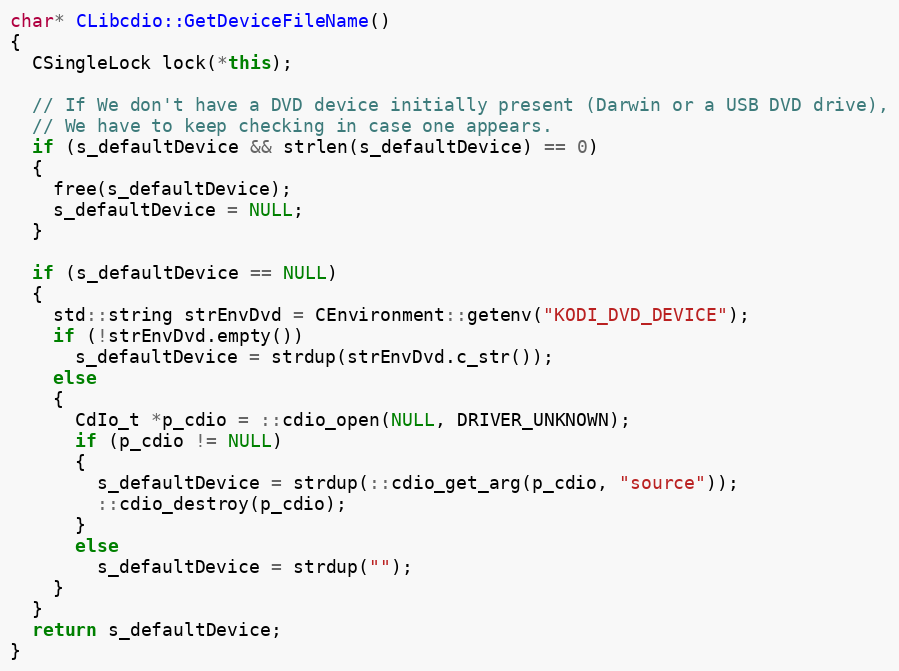
Language: C++
char* CLibcdio::GetDeviceFileName()
{
  CSingleLock lock(*this);

  // If We don't have a DVD device initially present (Darwin or a USB DVD drive),
  // We have to keep checking in case one appears.
  if (s_defaultDevice && strlen(s_defaultDevice) == 0)
  {
    free(s_defaultDevice);
    s_defaultDevice = NULL;
  }

  if (s_defaultDevice == NULL)
  {
    std::string strEnvDvd = CEnvironment::getenv("KODI_DVD_DEVICE");
    if (!strEnvDvd.empty())
      s_defaultDevice = strdup(strEnvDvd.c_str());
    else
    {
      CdIo_t *p_cdio = ::cdio_open(NULL, DRIVER_UNKNOWN);
      if (p_cdio != NULL)
      {
        s_defaultDevice = strdup(::cdio_get_arg(p_cdio, "source"));
        ::cdio_destroy(p_cdio);
      }
      else
        s_defaultDevice = strdup("");
    }
  }
  return s_defaultDevice;
}